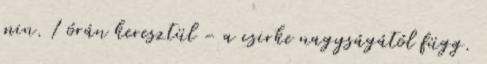
min. 1 órán keresztül - a csirke nagyságától függ.